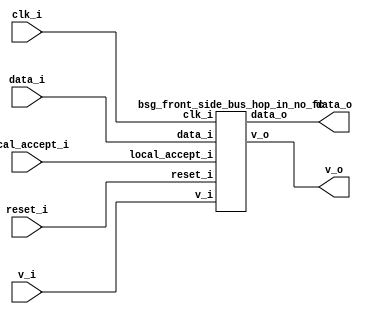


module top
(
  clk_i,
  reset_i,
  data_i,
  v_i,
  data_o,
  v_o,
  local_accept_i
);

  input [15:0] data_i;
  output [31:0] data_o;
  output [1:0] v_o;
  input clk_i;
  input reset_i;
  input v_i;
  input local_accept_i;

  bsg_front_side_bus_hop_in_no_fc
  wrapper
  (
    .data_i(data_i),
    .data_o(data_o),
    .v_o(v_o),
    .clk_i(clk_i),
    .reset_i(reset_i),
    .v_i(v_i),
    .local_accept_i(local_accept_i)
  );


endmodule



module bsg_dff_reset_width_p1
(
  clk_i,
  reset_i,
  data_i,
  data_o
);

  input [0:0] data_i;
  output [0:0] data_o;
  input clk_i;
  input reset_i;
  wire [0:0] data_o;
  reg data_o_0_sv2v_reg;
  assign data_o[0] = data_o_0_sv2v_reg;

  always @(posedge clk_i) begin
    if(reset_i) begin
      data_o_0_sv2v_reg <= 1'b0;
    end else if(1'b1) begin
      data_o_0_sv2v_reg <= data_i[0];
    end 
  end


endmodule



module bsg_dff_width_p16
(
  clk_i,
  data_i,
  data_o
);

  input [15:0] data_i;
  output [15:0] data_o;
  input clk_i;
  wire [15:0] data_o;
  reg data_o_15_sv2v_reg,data_o_14_sv2v_reg,data_o_13_sv2v_reg,data_o_12_sv2v_reg,
  data_o_11_sv2v_reg,data_o_10_sv2v_reg,data_o_9_sv2v_reg,data_o_8_sv2v_reg,
  data_o_7_sv2v_reg,data_o_6_sv2v_reg,data_o_5_sv2v_reg,data_o_4_sv2v_reg,data_o_3_sv2v_reg,
  data_o_2_sv2v_reg,data_o_1_sv2v_reg,data_o_0_sv2v_reg;
  assign data_o[15] = data_o_15_sv2v_reg;
  assign data_o[14] = data_o_14_sv2v_reg;
  assign data_o[13] = data_o_13_sv2v_reg;
  assign data_o[12] = data_o_12_sv2v_reg;
  assign data_o[11] = data_o_11_sv2v_reg;
  assign data_o[10] = data_o_10_sv2v_reg;
  assign data_o[9] = data_o_9_sv2v_reg;
  assign data_o[8] = data_o_8_sv2v_reg;
  assign data_o[7] = data_o_7_sv2v_reg;
  assign data_o[6] = data_o_6_sv2v_reg;
  assign data_o[5] = data_o_5_sv2v_reg;
  assign data_o[4] = data_o_4_sv2v_reg;
  assign data_o[3] = data_o_3_sv2v_reg;
  assign data_o[2] = data_o_2_sv2v_reg;
  assign data_o[1] = data_o_1_sv2v_reg;
  assign data_o[0] = data_o_0_sv2v_reg;

  always @(posedge clk_i) begin
    if(1'b1) begin
      data_o_15_sv2v_reg <= data_i[15];
      data_o_14_sv2v_reg <= data_i[14];
      data_o_13_sv2v_reg <= data_i[13];
      data_o_12_sv2v_reg <= data_i[12];
      data_o_11_sv2v_reg <= data_i[11];
      data_o_10_sv2v_reg <= data_i[10];
      data_o_9_sv2v_reg <= data_i[9];
      data_o_8_sv2v_reg <= data_i[8];
      data_o_7_sv2v_reg <= data_i[7];
      data_o_6_sv2v_reg <= data_i[6];
      data_o_5_sv2v_reg <= data_i[5];
      data_o_4_sv2v_reg <= data_i[4];
      data_o_3_sv2v_reg <= data_i[3];
      data_o_2_sv2v_reg <= data_i[2];
      data_o_1_sv2v_reg <= data_i[1];
      data_o_0_sv2v_reg <= data_i[0];
    end 
  end


endmodule



module bsg_front_side_bus_hop_in_no_fc
(
  clk_i,
  reset_i,
  data_i,
  v_i,
  data_o,
  v_o,
  local_accept_i
);

  input [15:0] data_i;
  output [31:0] data_o;
  output [1:0] v_o;
  input clk_i;
  input reset_i;
  input v_i;
  input local_accept_i;
  wire [31:0] data_o;
  wire [1:0] v_o;
  wire data_o_0__15_,data_o_0__14_,data_o_0__13_,data_o_0__12_,data_o_0__11_,
  data_o_0__10_,data_o_0__9_,data_o_0__8_,data_o_0__7_,data_o_0__6_,data_o_0__5_,
  data_o_0__4_,data_o_0__3_,data_o_0__2_,data_o_0__1_,data_o_0__0_;
  assign data_o[15] = data_o_0__15_;
  assign data_o[31] = data_o_0__15_;
  assign data_o[14] = data_o_0__14_;
  assign data_o[30] = data_o_0__14_;
  assign data_o[13] = data_o_0__13_;
  assign data_o[29] = data_o_0__13_;
  assign data_o[12] = data_o_0__12_;
  assign data_o[28] = data_o_0__12_;
  assign data_o[11] = data_o_0__11_;
  assign data_o[27] = data_o_0__11_;
  assign data_o[10] = data_o_0__10_;
  assign data_o[26] = data_o_0__10_;
  assign data_o[9] = data_o_0__9_;
  assign data_o[25] = data_o_0__9_;
  assign data_o[8] = data_o_0__8_;
  assign data_o[24] = data_o_0__8_;
  assign data_o[7] = data_o_0__7_;
  assign data_o[23] = data_o_0__7_;
  assign data_o[6] = data_o_0__6_;
  assign data_o[22] = data_o_0__6_;
  assign data_o[5] = data_o_0__5_;
  assign data_o[21] = data_o_0__5_;
  assign data_o[4] = data_o_0__4_;
  assign data_o[20] = data_o_0__4_;
  assign data_o[3] = data_o_0__3_;
  assign data_o[19] = data_o_0__3_;
  assign data_o[2] = data_o_0__2_;
  assign data_o[18] = data_o_0__2_;
  assign data_o[1] = data_o_0__1_;
  assign data_o[17] = data_o_0__1_;
  assign data_o[0] = data_o_0__0_;
  assign data_o[16] = data_o_0__0_;

  bsg_dff_reset_width_p1
  v_reg
  (
    .clk_i(clk_i),
    .reset_i(reset_i),
    .data_i(v_i),
    .data_o(v_o[0])
  );


  bsg_dff_width_p16
  data_reg
  (
    .clk_i(clk_i),
    .data_i(data_i),
    .data_o({ data_o_0__15_, data_o_0__14_, data_o_0__13_, data_o_0__12_, data_o_0__11_, data_o_0__10_, data_o_0__9_, data_o_0__8_, data_o_0__7_, data_o_0__6_, data_o_0__5_, data_o_0__4_, data_o_0__3_, data_o_0__2_, data_o_0__1_, data_o_0__0_ })
  );

  assign v_o[1] = v_o[0] & local_accept_i;

endmodule